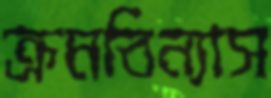
ক্রমবিন্যাস